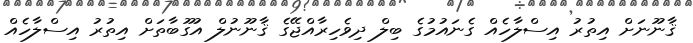
ޤާނޫނަށް އިތުރު އިސްލާހެއް ގެނައުމުގެ ބިލް ދިވެހިރާއްޖޭގެ ޤާނޫނުލް އުގޫބާތަށް އިތުރު އިސްލާހެއް